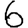
Digit: 6